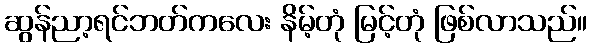
ဆွန်ညာ့ရင်ဘတ်ကလေး နိမ့်တုံ မြင့်တုံ ဖြစ်လာသည်။